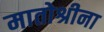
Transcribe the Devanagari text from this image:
मातोश्रीना